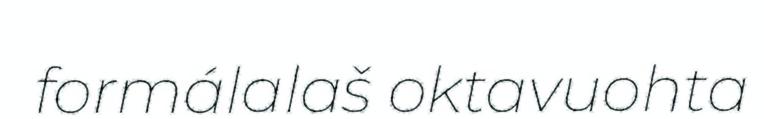
formálalaš oktavuohta